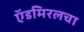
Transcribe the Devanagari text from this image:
ऍडमिरलचा